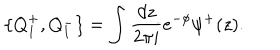
LaTeX: \{ Q _ { 1 } ^ { + } , Q _ { 1 } ^ { - } \} = \int { \frac { d z } { 2 \pi i } } e ^ { - \phi } \psi ^ { + } ( z ) .